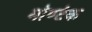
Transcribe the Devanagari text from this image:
मोण्टेक